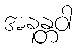
အနန္တဝါ